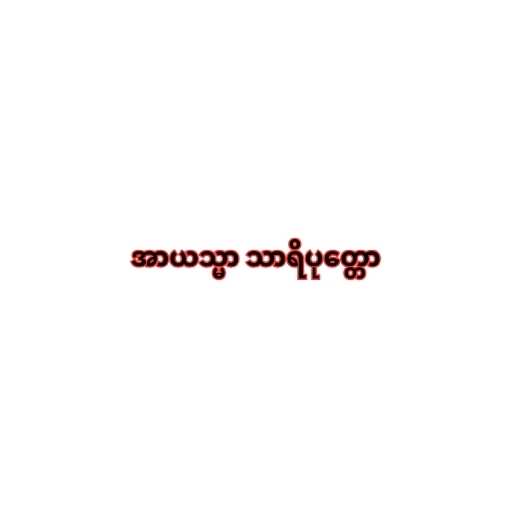
အာယသ္မာ သာရိပုတ္တော